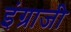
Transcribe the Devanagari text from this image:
इंग्राजी